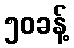
၅၀ခန့်